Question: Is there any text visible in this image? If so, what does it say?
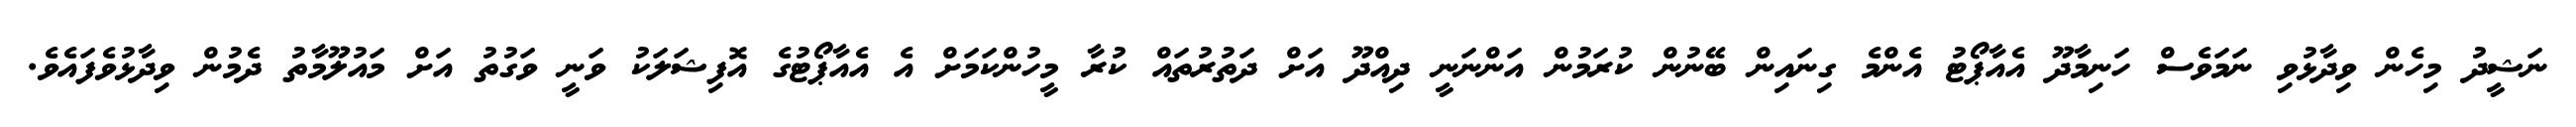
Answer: ނަޝީދު މިހެން ވިދާޅުވި ނަމަވެސް ހަނިމާދޫ އެއާޕޯޓު އެންމެ ގިނައިން ބޭނުން ކުރަމުން އަންނަނީ ދިއްދޫ އަށް ދަތުރުތައް ކުރާ މީހުންކަމަށް އެ އެއާޕޯޓުގެ އޮފިޝަލަކު ވަނީ ވަގުތު އަށް މައުލޫމާތު ދެމުން ވިދާޅުވެފައެވެ.